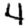
Digit: 4